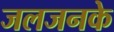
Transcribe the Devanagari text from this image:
जलजनके